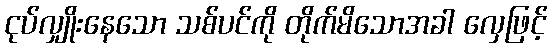
ငုပ်လျှိုးနေသော သစ်ပင်ကို တိုက်မိသောအခါ လှေဖြင့်